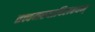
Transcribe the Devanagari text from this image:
तत्त्वमस्यादिलक्ष्यम्